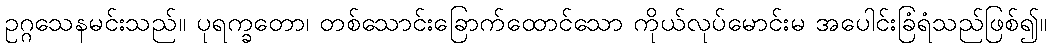
ဥဂ္ဂသေနမင်းသည်။ ပုရက္ခတော၊ တစ်သောင်းခြောက်ထောင်သော ကိုယ်လုပ်မောင်းမ အပေါင်းခြံရံသည်ဖြစ်၍။